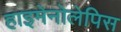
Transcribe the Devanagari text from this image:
हाइमेनोलेपिस